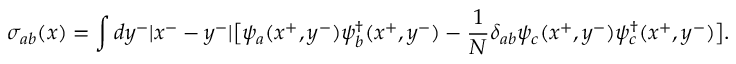
\sigma _ { a b } ( x ) = \int d y ^ { - } | x ^ { - } - y ^ { - } | \big [ \psi _ { a } ( x ^ { + } , y ^ { - } ) \psi _ { b } ^ { \dagger } ( x ^ { + } , y ^ { - } ) - { \frac { 1 } { N } } \delta _ { a b } \psi _ { c } ( x ^ { + } , y ^ { - } ) \psi _ { c } ^ { \dagger } ( x ^ { + } , y ^ { - } ) \big ] .